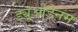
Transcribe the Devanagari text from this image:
ड्यूओडेनम